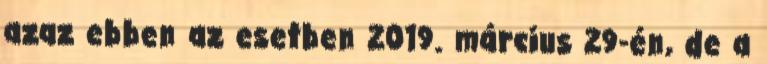
azaz ebben az esetben 2019. március 29-én, de a